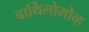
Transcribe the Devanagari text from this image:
बार्थिलोमोव्ह